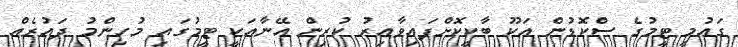
ގައުމީ ޓީމުގެ ސްކޮޑުން އަކޫ ބާކީކޮށްފައިވާއިރު ކުރިން އޭނާއަކީ ޓީމުގައި މުހިންމު ދައުރެއް